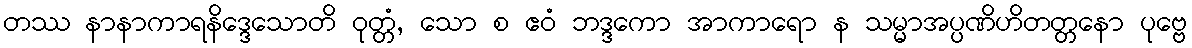
တဿ နာနာကာရနိဒ္ဒေသောတိ ဝုတ္တံ, သော စ ဧဝံ ဘဒ္ဒကော အာကာရော န သမ္မာအပ္ပဏိဟိတတ္တနော ပုဗ္ဗေ